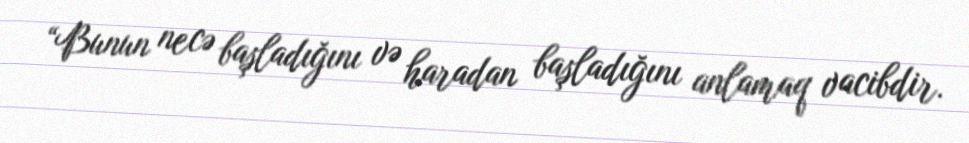
“Bunun necə başladığını və haradan başladığını anlamaq vacibdir.